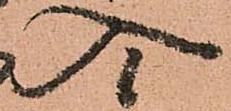
入